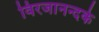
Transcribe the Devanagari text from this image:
विरजानन्दके